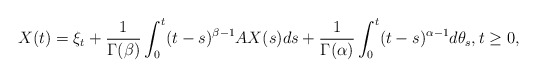
\begin{align*}X(t)=\xi_t+\frac{1}{\Gamma(\beta)} \int_0^t (t-s)^{\beta-1} A X(s) ds + \frac{1}{\Gamma(\alpha)}\int_0^t (t-s)^{\alpha-1}d\theta_s,t\ge 0,\end{align*}